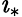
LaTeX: \imath_{*}